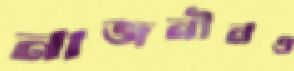
নাজনীনও